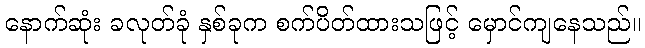
နောက်ဆုံး ခလုတ်ခုံ နှစ်ခုက စက်ပိတ်ထားသဖြင့် မှောင်ကျနေသည်။